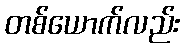
တစ်ယောက်လည်း